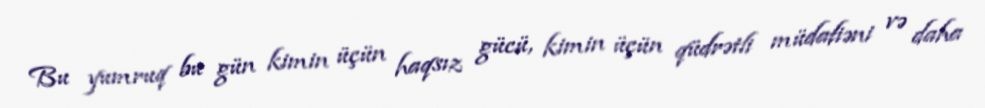
Bu yumruq bu gün kimin üçün haqsız gücü, kimin üçün qüdrətli müdafiəni və daha